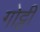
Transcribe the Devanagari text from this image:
गोट्टी